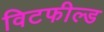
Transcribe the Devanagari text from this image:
विटफील्ड